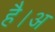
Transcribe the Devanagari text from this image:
है।अ